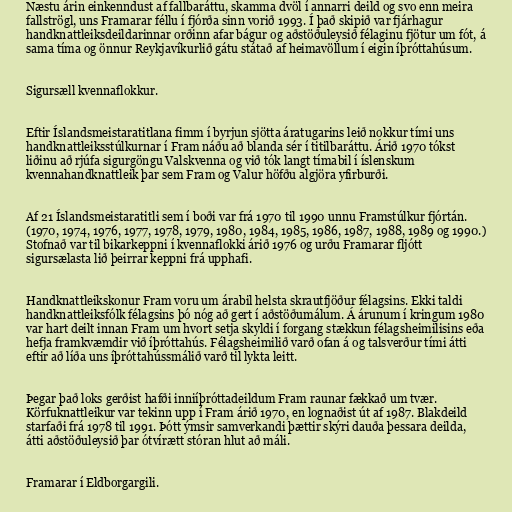
Næstu árin einkenndust af fallbaráttu, skamma dvöl í annarri deild og svo enn meira
fallströgl, uns Framarar féllu í fjórða sinn vorið 1993. Í það skipið var fjárhagur
handknattleiksdeildarinnar orðinn afar bágur og aðstöðuleysið félaginu fjötur um fót, á
sama tíma og önnur Reykjavíkurlið gátu státað af heimavöllum í eigin íþróttahúsum.

Sigursæll kvennaflokkur.

Eftir Íslandsmeistaratitlana fimm í byrjun sjötta áratugarins leið nokkur tími uns
handknattleiksstúlkurnar í Fram náðu að blanda sér í titilbaráttu. Árið 1970 tókst
liðinu að rjúfa sigurgöngu Valskvenna og við tók langt tímabil í íslenskum
kvennahandknattleik þar sem Fram og Valur höfðu algjöra yfirburði.

Af 21 Íslandsmeistaratitli sem í boði var frá 1970 til 1990 unnu Framstúlkur fjórtán.
(1970, 1974, 1976, 1977, 1978, 1979, 1980, 1984, 1985, 1986, 1987, 1988, 1989 og 1990.)
Stofnað var til bikarkeppni í kvennaflokki árið 1976 og urðu Framarar fljótt
sigursælasta lið þeirrar keppni frá upphafi.

Handknattleikskonur Fram voru um árabil helsta skrautfjöður félagsins. Ekki taldi
handknattleiksfólk félagsins þó nóg að gert í aðstöðumálum. Á árunum í kringum 1980
var hart deilt innan Fram um hvort setja skyldi í forgang stækkun félagsheimilisins eða
hefja framkvæmdir við íþróttahús. Félagsheimilið varð ofan á og talsverður tími átti
eftir að líða uns íþróttahússmálið varð til lykta leitt.

Þegar það loks gerðist hafði inniíþróttadeildum Fram raunar fækkað um tvær.
Körfuknattleikur var tekinn upp í Fram árið 1970, en lognaðist út af 1987. Blakdeild
starfaði frá 1978 til 1991. Þótt ýmsir samverkandi þættir skýri dauða þessara deilda,
átti aðstöðuleysið þar ótvírætt stóran hlut að máli.

Framarar í Eldborgargili.